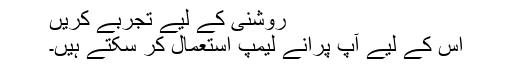
روشنی کے لیے تجربے کریں
اس کے لیے آپ پرانے لیمپ استعمال کر سکتے ہیں۔